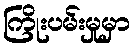
ကြိုးပမ်းမှုမှာ